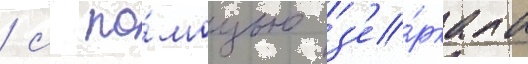
/ с по́мощью з'е́ркала